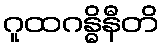
ဂူထဂန္ဓိနီတိ